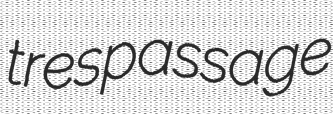
trespassage